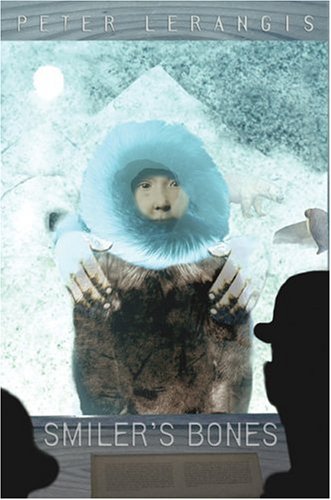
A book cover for Smiler's Bones; Peter Lerangis; Teen & Young Adult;